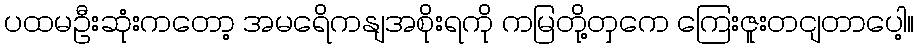
ပထမဦးဆုံးကတော့ အမရေိကနျအစိုးရကို ကမြတို့တှကေ ကြေးဇူးတငျတာပေါ့။